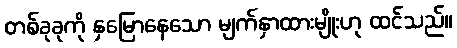
တစ်ခုခုကို နှမြောနေသော မျက်နှာထားမျိုးဟု ထင်သည်။